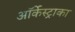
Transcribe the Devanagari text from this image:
ऑर्केस्ट्राका